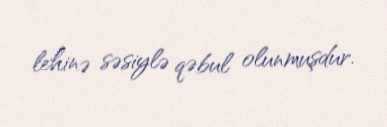
lehinə səsiylə qəbul olunmuşdur.